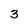
Character: 3